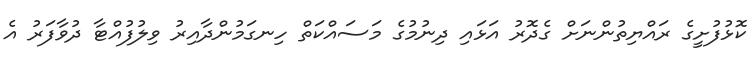
ކޮޅުފުށީގެ ރައްޔިތުންނަށް ގެދޮރު އަޅައި ދިނުމުގެ މަސައްކަތް ހިނގަމުންދާއިރު ވިލުފުއްޓާ ދުވާފަރު އެ